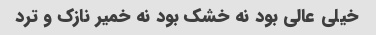
خیلی عالی بود نه خشک بود نه خمیر نازک و ترد